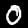
Digit: 0